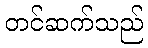
တင်ဆက်သည်